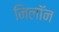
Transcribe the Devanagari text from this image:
निलॉन